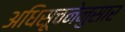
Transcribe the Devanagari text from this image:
अधिसूचनेनुसार